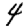
Digit: 4